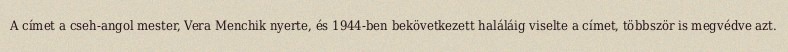
A címet a cseh-angol mester, Vera Menchik nyerte, és 1944-ben bekövetkezett haláláig viselte a címet, többször is megvédve azt.